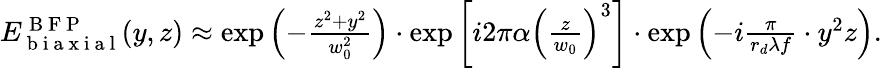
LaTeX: \begin{array}{r}{E_{\mathrm{~b~i~a~x~i~a~l~}}^{\mathrm{~B~F~P~}}(y,z)\approx\exp\left(-\frac{z^{2}+y^{2}}{w_{0}^{2}}\right)\cdot\exp\left[i2\pi\alpha\left(\frac{z}{w_{0}}\right)^{3}\right]\cdot\exp\left(-i\frac{\pi}{r_{d}\lambda f}\cdot y^{2}z\right).}\end{array}